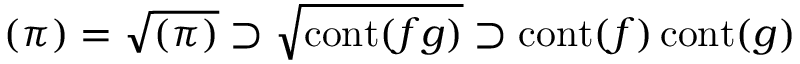
( \pi ) = { \sqrt { ( \pi ) } } \supset { \sqrt { \operatorname { c o n t } ( f g ) } } \supset \operatorname { c o n t } ( f ) \operatorname { c o n t } ( g )